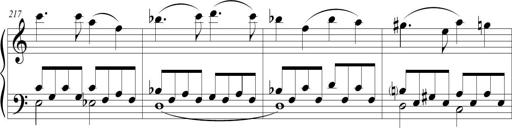
Title: Sonatina (Piano Sonata No.9)
Composer: Richard St. Clair